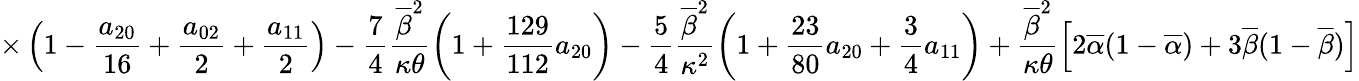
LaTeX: \displaystyle{\times\left(1-\frac{a_{20}}{16}+\frac{a_{02}}{2}+\frac{a_{11}}{2}\right)-\frac{7}{4}\frac{\overline{{\beta}}^{2}}{\kappa\theta}\left(1+\frac{129}{112}a_{20}\right)-\frac{5}{4}\frac{\overline{{\beta}}^{2}}{\kappa^{2}}\left(1+\frac{23}{80}a_{20}+\frac{3}{4}a_{11}\right)+\frac{\overline{{\beta}}^{2}}{\kappa\theta}\left[2\overline{{\alpha}}(1-\overline{{\alpha}})+3\overline{{\beta}}(1-\overline{{\beta}})\right]}